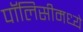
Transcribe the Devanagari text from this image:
पॉलिसीमध्ये